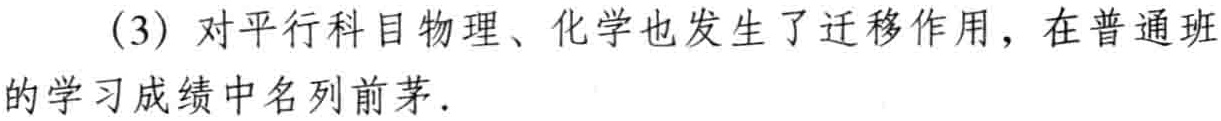
（3）对平行科目物理、化学也发生了迁移作用，在普通班的学习成绩中名列前茅.